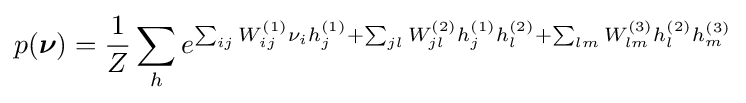
p({\boldsymbol {\nu }})={\frac {1}{Z}}\sum _{h}e^{\sum _{ij}W_{ij}^{(1)}\nu _{i}h_{j}^{(1)}+\sum _{jl}W_{jl}^{(2)}h_{j}^{(1)}h_{l}^{(2)}+\sum _{lm}W_{lm}^{(3)}h_{l}^{(2)}h_{m}^{(3)}}